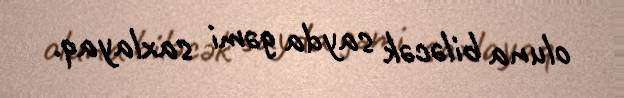
oluna biləcək sayda gəmi saxlayaq.